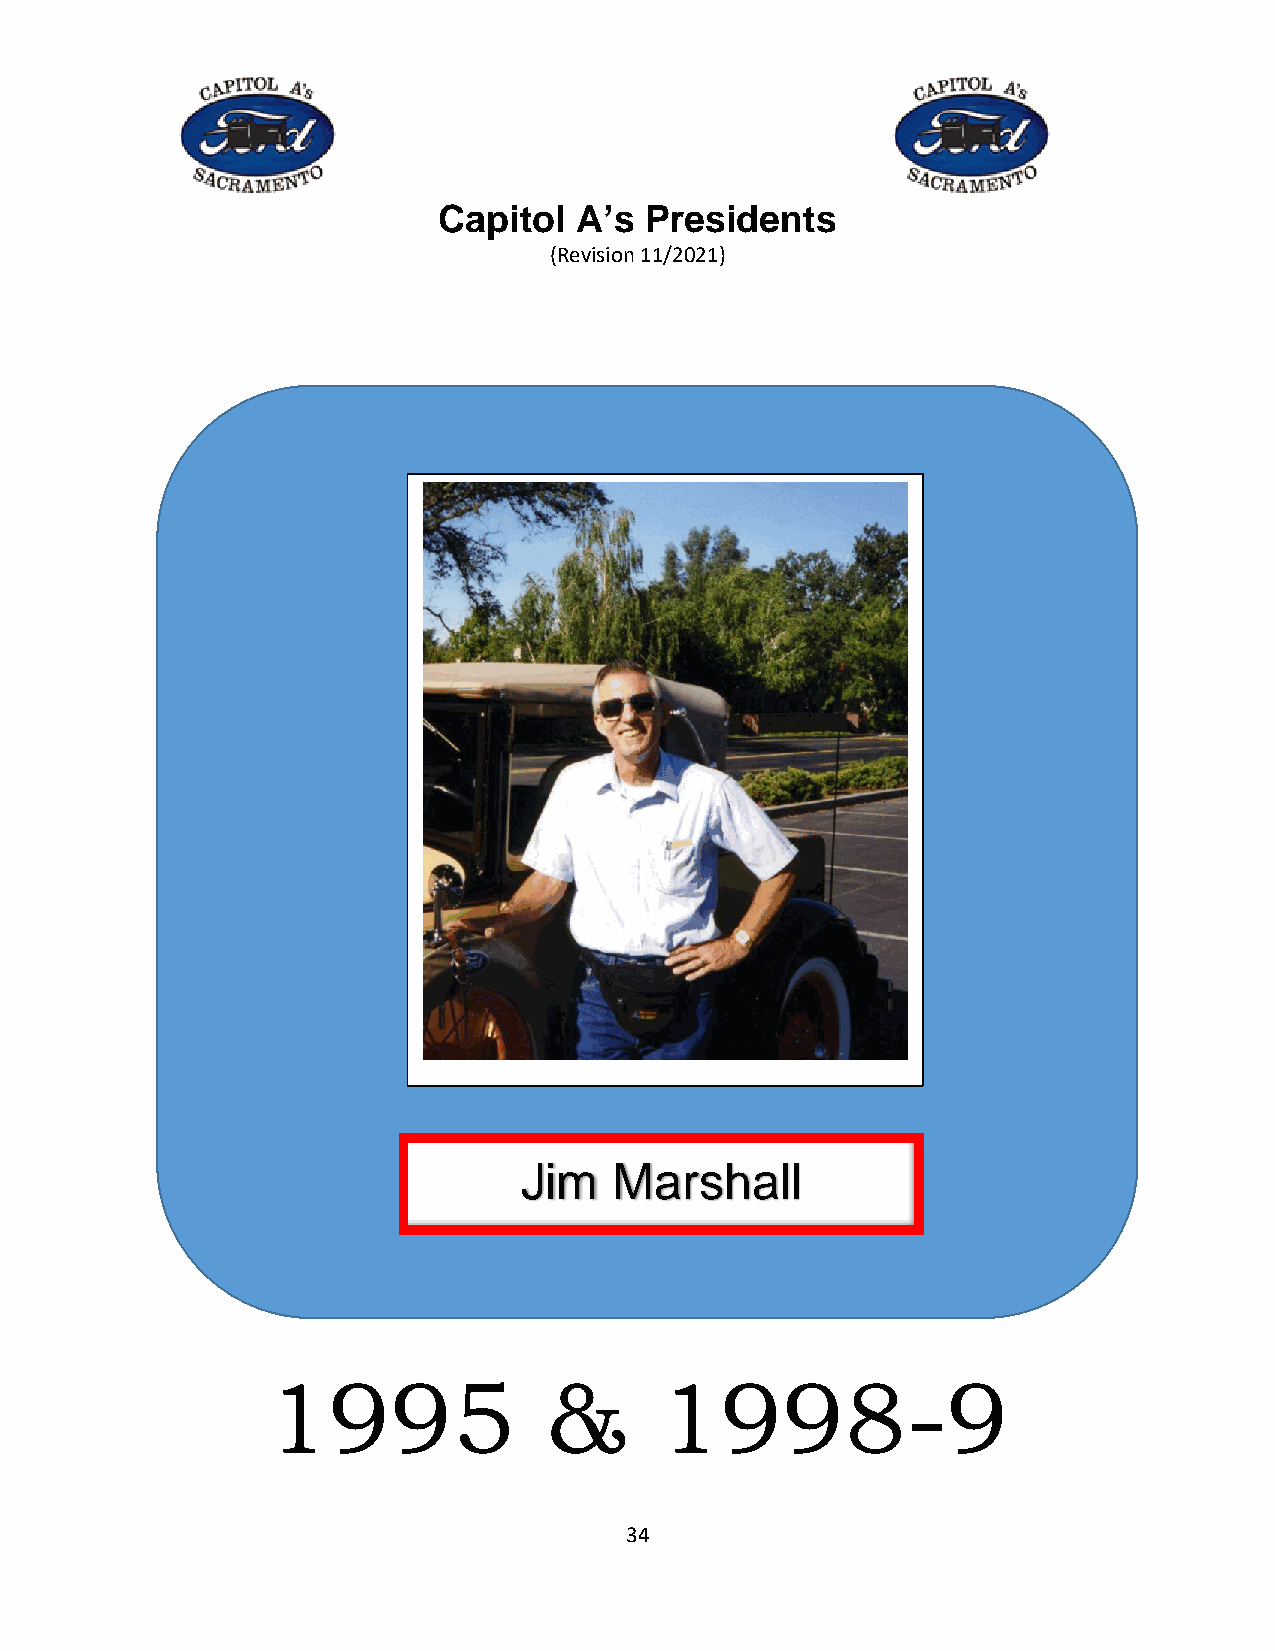
Capitol  A’s  Presidents
 (Revision 11/2021)
 Jim   Marshall
 1995              &       1998-9
 34